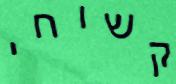
קשוחי